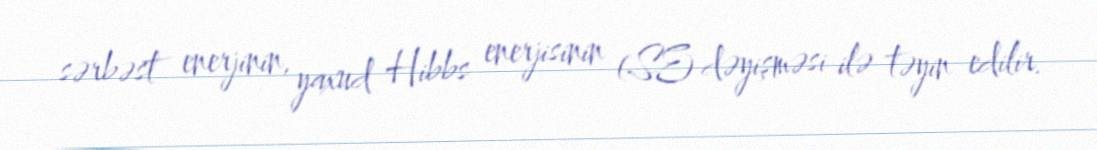
sərbəst enerjinin, yaxud Hibbs enerjisinin (SE) dəyişməsi ilə təyin edilir.